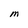
Character: M